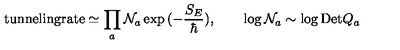
\mathrm { t u n n e l i n g r a t e } \simeq \prod _ { a } { \cal N } _ { a } \exp { ( - \frac { S _ { E } } { \hbar } ) } , \qquad \log { \cal N } _ { a } \sim \log \mathrm { D e t } Q _ { a }